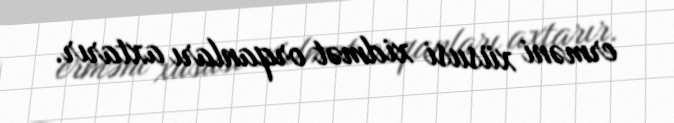
erməni xüsusi xidmət orqanları axtarır.